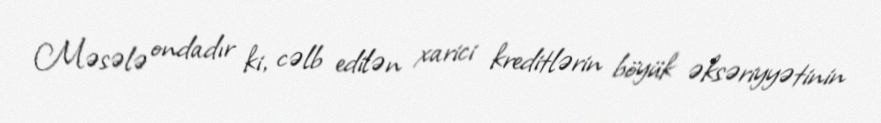
Məsələ ondadır ki, cəlb edilən xarici kreditlərin böyük əksəriyyətinin